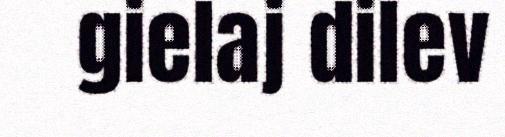
gielaj dilev